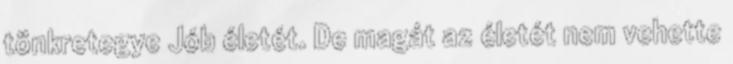
tönkretegye Jób életét. De magát az életét nem vehette